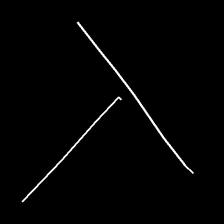
Glyph: column